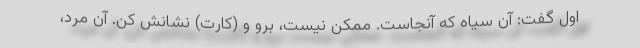
اول گفت: آن سیاه که آنجاست. ممکن نیست، برو و (کارت) نشانش کن. آن مرد،